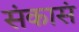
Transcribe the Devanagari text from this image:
संकासं